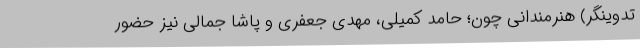
تدوینگر) هنرمندانی چون؛ حامد کمیلی، مهدی جعفری و پاشا جمالی نیز حضور